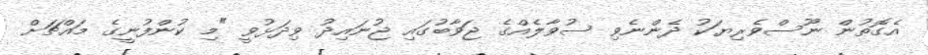
އެގޮތުން ނޫސްވެރިޔަކު ދެންނެވި ސުވާލެއްގެ ޖަވާބުގައި ޖުނައިދު ވިދަޅުވީ "މި ކުންފުނީގެ މައްޗަށް